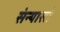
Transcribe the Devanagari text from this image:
संन्यासौ